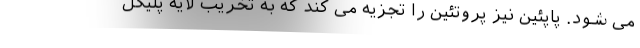
می شود. پاپئین نیز پروتئین را تجزیه می کند که به تخریب لایه پلیکل